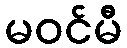
မဝင်မီ